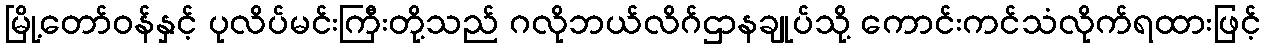
မြို့တော်ဝန်နှင့် ပုလိပ်မင်းကြီးတို့သည် ဂလိုဘယ်လိဂ်ဌာနချုပ်သို့ ကောင်းကင်သံလိုက်ရထားဖြင့်